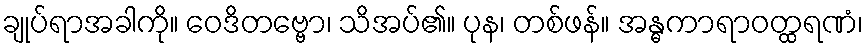
ချုပ်ရာအခါကို။ ဝေဒိတဗ္ဗော၊ သိအပ်၏။ ပုန၊ တစ်ဖန်။ အန္ဓကာရာဝတ္ထရဏံ၊